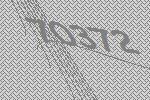
70372